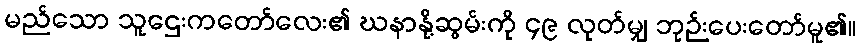
မည်သော သူဌေးကတော်လေး၏ ဃနာနို့ဆွမ်းကို ၄၉ လုတ်မျှ ဘုဉ်းပေးတော်မူ၏။